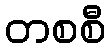
တစစီ